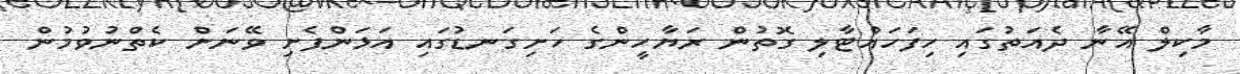
މާކިލް އޭނާ ދެއަތުގައި ހިފަހައްޓާލި ގޮތުން ރަޔާހީންގެ ހަށިގަނޑުގައި އަޅަންފެށި ވޭނަށް ކެތްނުވުމުން